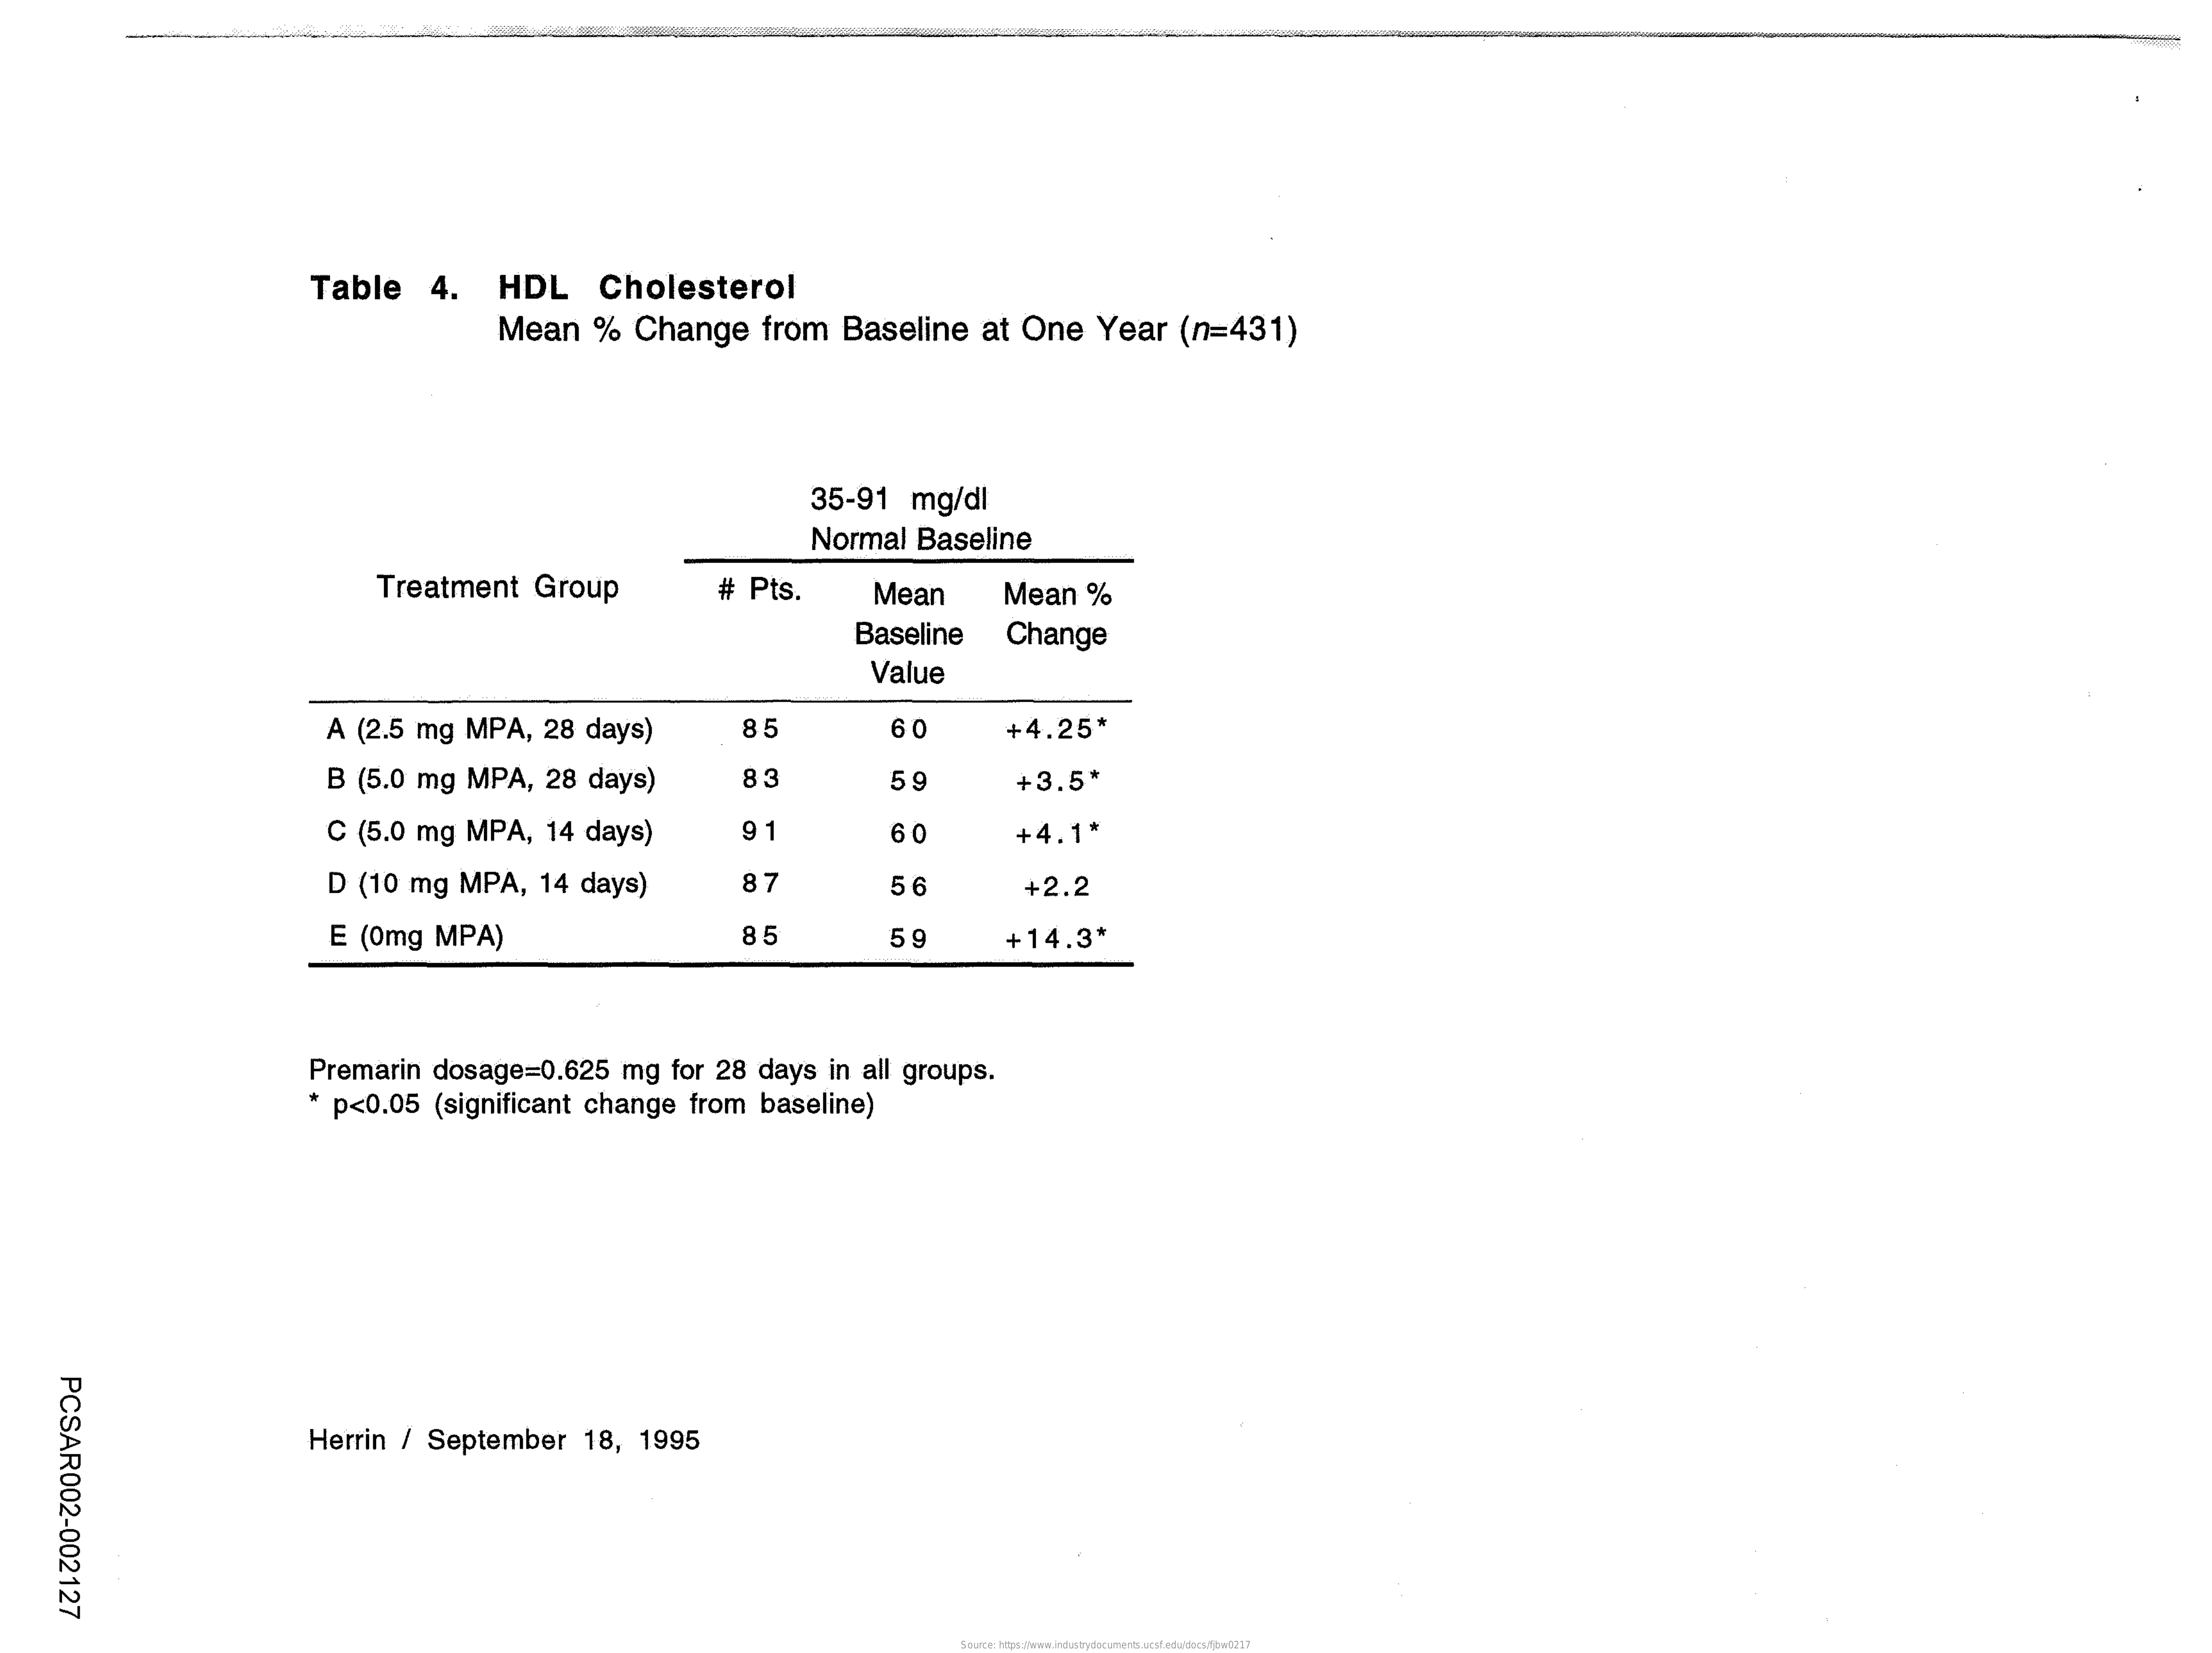
Table    4.    HDL    Cholesterol
     Mean    %    Change    from    Baseline    at    One    Year    (n=431)
     35-91    mg/dl
     Normal    Baseline
     Treatment    Group    #    Pts.    Mean    Mean    %
     Baseline    Change
     Value
     A    (2.5    mg    MPA,    28    days)    35    60    +4.25*
     B    (5.0    mg    MPA,    28    days)    5  9    +3.5*
     C    (5.0    mg    MPA,    14    days)    9    60    +4.1*
     D    (10    mg    MPA,    14    days)    87    56    +2.2
     E    (0mg    MPA)    85    5  9    +14.3*
     Premarin    dosage=0.625    mg    for    28    days    in    all    groups.
     *   p<0.05    (significant    change    from    baseline)
     PCSAR002-002127
     Herrin    /    September    18,    1995
     Source: https://www.industrydocuments.ucsf.edu/docs/fjbw0217